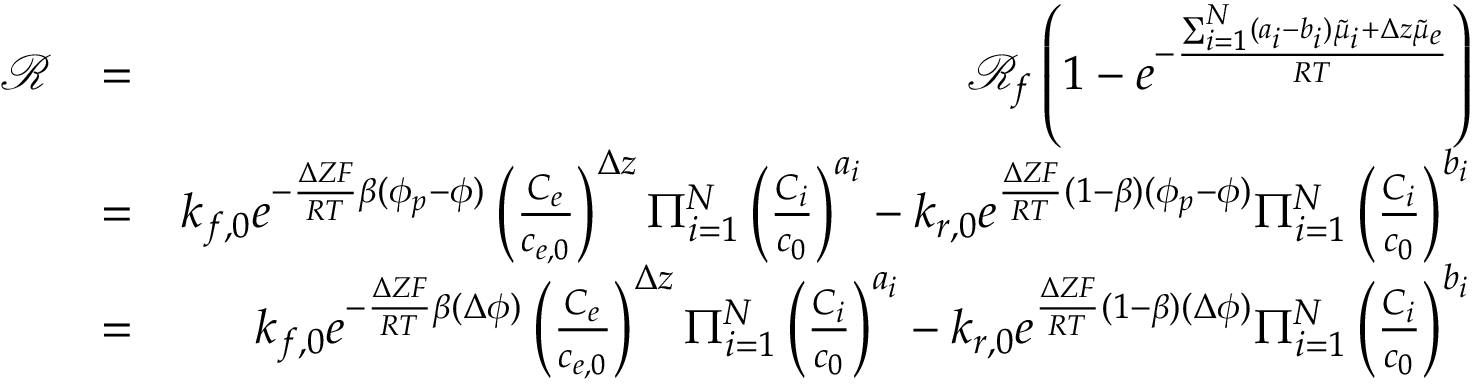
\begin{array} { r l r } { \mathcal { R } } & { = } & { \mathcal { R } _ { f } \left( 1 - e ^ { - \frac { \sum _ { i = 1 } ^ { N } ( a _ { i } - b _ { i } ) \tilde { \mu } _ { i } + \Delta z \tilde { \mu } _ { e } } { R T } } \right) } \\ & { = } & { k _ { f , 0 } e ^ { - \frac { \Delta Z F } { R T } \beta ( \phi _ { p } - \phi ) } \left( \frac { C _ { e } } { c _ { e , 0 } } \right) ^ { \Delta z } \Pi _ { i = 1 } ^ { N } \left( \frac { C _ { i } } { c _ { 0 } } \right) ^ { a _ { i } } - k _ { r , 0 } e ^ { \frac { \Delta Z F } { R T } ( 1 - \beta ) ( \phi _ { p } - \phi ) } \Pi _ { i = 1 } ^ { N } \left( \frac { C _ { i } } { c _ { 0 } } \right) ^ { b _ { i } } } \\ & { = } & { k _ { f , 0 } e ^ { - \frac { \Delta Z F } { R T } \beta ( \Delta \phi ) } \left( \frac { C _ { e } } { c _ { e , 0 } } \right) ^ { \Delta z } \Pi _ { i = 1 } ^ { N } \left( \frac { C _ { i } } { c _ { 0 } } \right) ^ { a _ { i } } - k _ { r , 0 } e ^ { \frac { \Delta Z F } { R T } ( 1 - \beta ) ( \Delta \phi ) } \Pi _ { i = 1 } ^ { N } \left( \frac { C _ { i } } { c _ { 0 } } \right) ^ { b _ { i } } } \end{array}